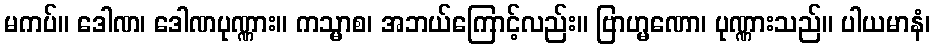
မကပ်။ ဒေါဏ၊ ဒေါဏပုဏ္ဏား။ ကသ္မာစ၊ အဘယ်ကြောင့်လည်း။ ဗြာဟ္မဏော၊ ပုဏ္ဏားသည်။ ပါယမာနံ၊